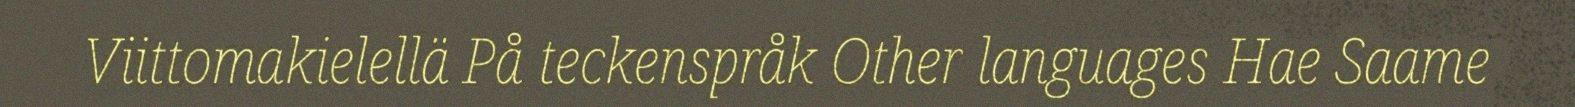
Viittomakielellä På teckenspråk Other languages Hae Saame